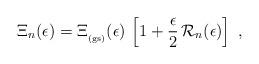
LaTeX: \begin{align*}\Xi_{n}(\epsilon)=\Xi_{_{\rm (gs)}} (\epsilon)\,\left[ 1 + \frac{\epsilon}{2} \,{\mathcal R}_{n} (\epsilon) \right]\; ,\end{align*}